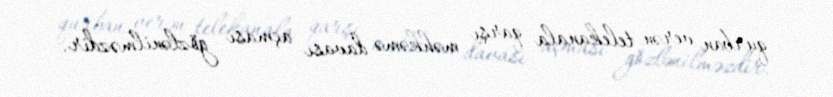
qurban verən telekanala qarşı məhkəmə davası açması gözlənilməzdir.